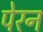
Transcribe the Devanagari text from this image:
पेरन